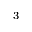
^ 3